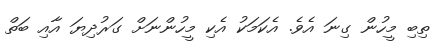
ތިބި މީހުން ގިނަ އެވެ. އެކަމަކު އެކި މީހުންނަށް ގަރުދިޔަ އާއި ބަތް